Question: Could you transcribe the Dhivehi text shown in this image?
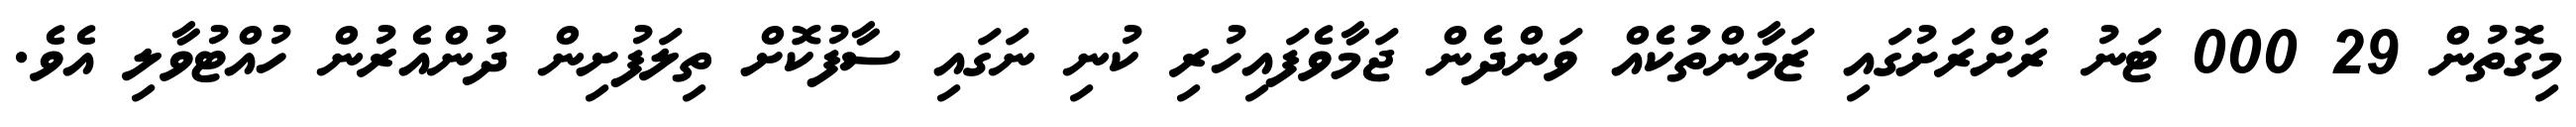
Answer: މިގޮތުން 29 000 ޓަނު ރަށްރަށުގައި ޒަމާންތަުކެއް ވަންދެން ޖަމާވެފައިހުރި ކުނި ނަގައި ސާފުކޮށް ތިލަފުށިން ދުންއެރުން ހުއްޓުވާލި އެވެ.